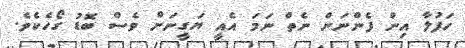
ހަފުލާ އިން ފެންނަން ނެތް ނަމަ އެއީ ޔަގީނަށް ވެސް ބޮޑު ގޯހެކެވެ.